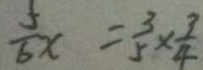
\frac { 5 } { 6 } x = \frac { 3 } { 5 } \times \frac { 3 } { 4 }